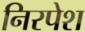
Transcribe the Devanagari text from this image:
निरपेश